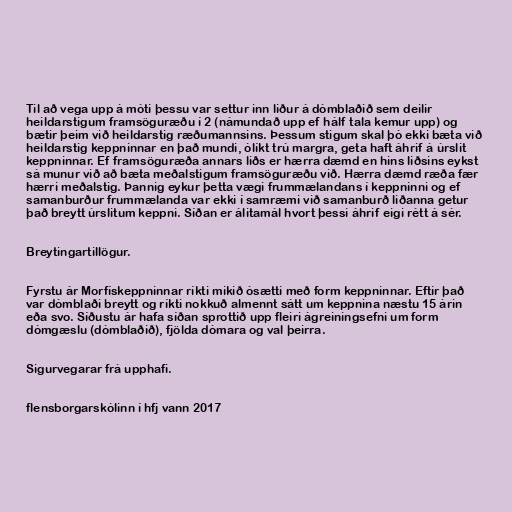
Til að vega upp á móti þessu var settur inn liður á dómblaðið sem deilir
heildarstigum framsöguræðu í 2 (námundað upp ef hálf tala kemur upp) og
bætir þeim við heildarstig ræðumannsins. Þessum stigum skal þó ekki bæta við
heildarstig keppninnar en það mundi, ólíkt trú margra, geta haft áhrif á úrslit
keppninnar. Ef framsöguræða annars liðs er hærra dæmd en hins liðsins eykst
sá munur við að bæta meðalstigum framsöguræðu við. Hærra dæmd ræða fær
hærri meðalstig. Þannig eykur þetta vægi frummælandans í keppninni og ef
samanburður frummælanda var ekki í samræmi við samanburð liðanna getur
það breytt úrslitum keppni. Síðan er álitamál hvort þessi áhrif eigi rétt á sér.

Breytingartillögur.

Fyrstu ár Morfískeppninnar ríkti mikið ósætti með form keppninnar. Eftir það
var dómblaði breytt og ríkti nokkuð almennt sátt um keppnina næstu 15 árin
eða svo. Síðustu ár hafa síðan sprottið upp fleiri ágreiningsefni um form
dómgæslu (dómblaðið), fjölda dómara og val þeirra.

Sigurvegarar frá upphafi.

flensborgarskólinn í hfj vann 2017